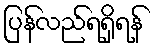
ပြန်လည်ရရှိရန်